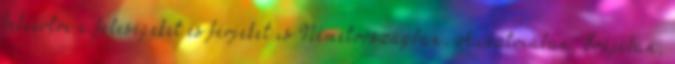
beleértve a feleségeket és férjeket is Németországban, Ausztriában, Svájcban,